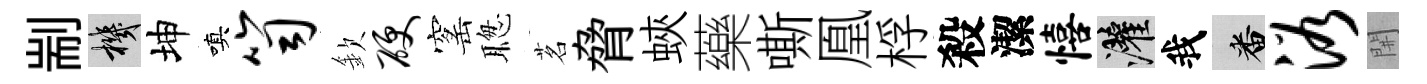
剬機坤嗔笥欽硬窰聦茗脅蛺藥嘶凰桴殺潔僖灌我番浴𨳩